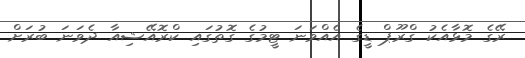
ރޭގެ މޮޅާއެކު ގްރޫޕް ޑީގެ އެއްވަނަ ޓީމުގެ ގޮތުގައި ކްރޮއޭޝިއާ ދެވަނަ ބުރަށް